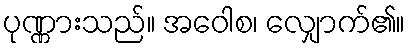
ပုဏ္ဏားသည်။ အဝေါစ၊ လျှောက်၏။